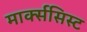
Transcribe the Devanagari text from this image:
मार्क्‍ससिस्‍ट